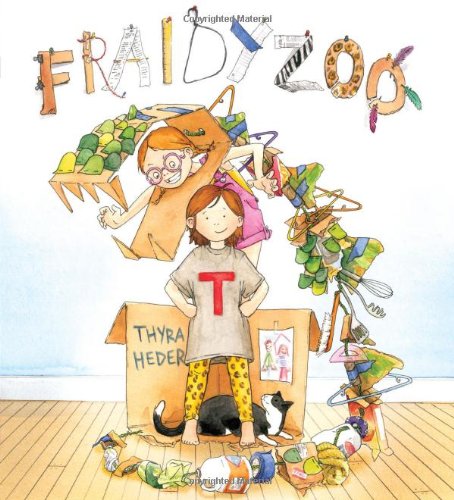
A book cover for Fraidyzoo; Thyra Heder; Children's Books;